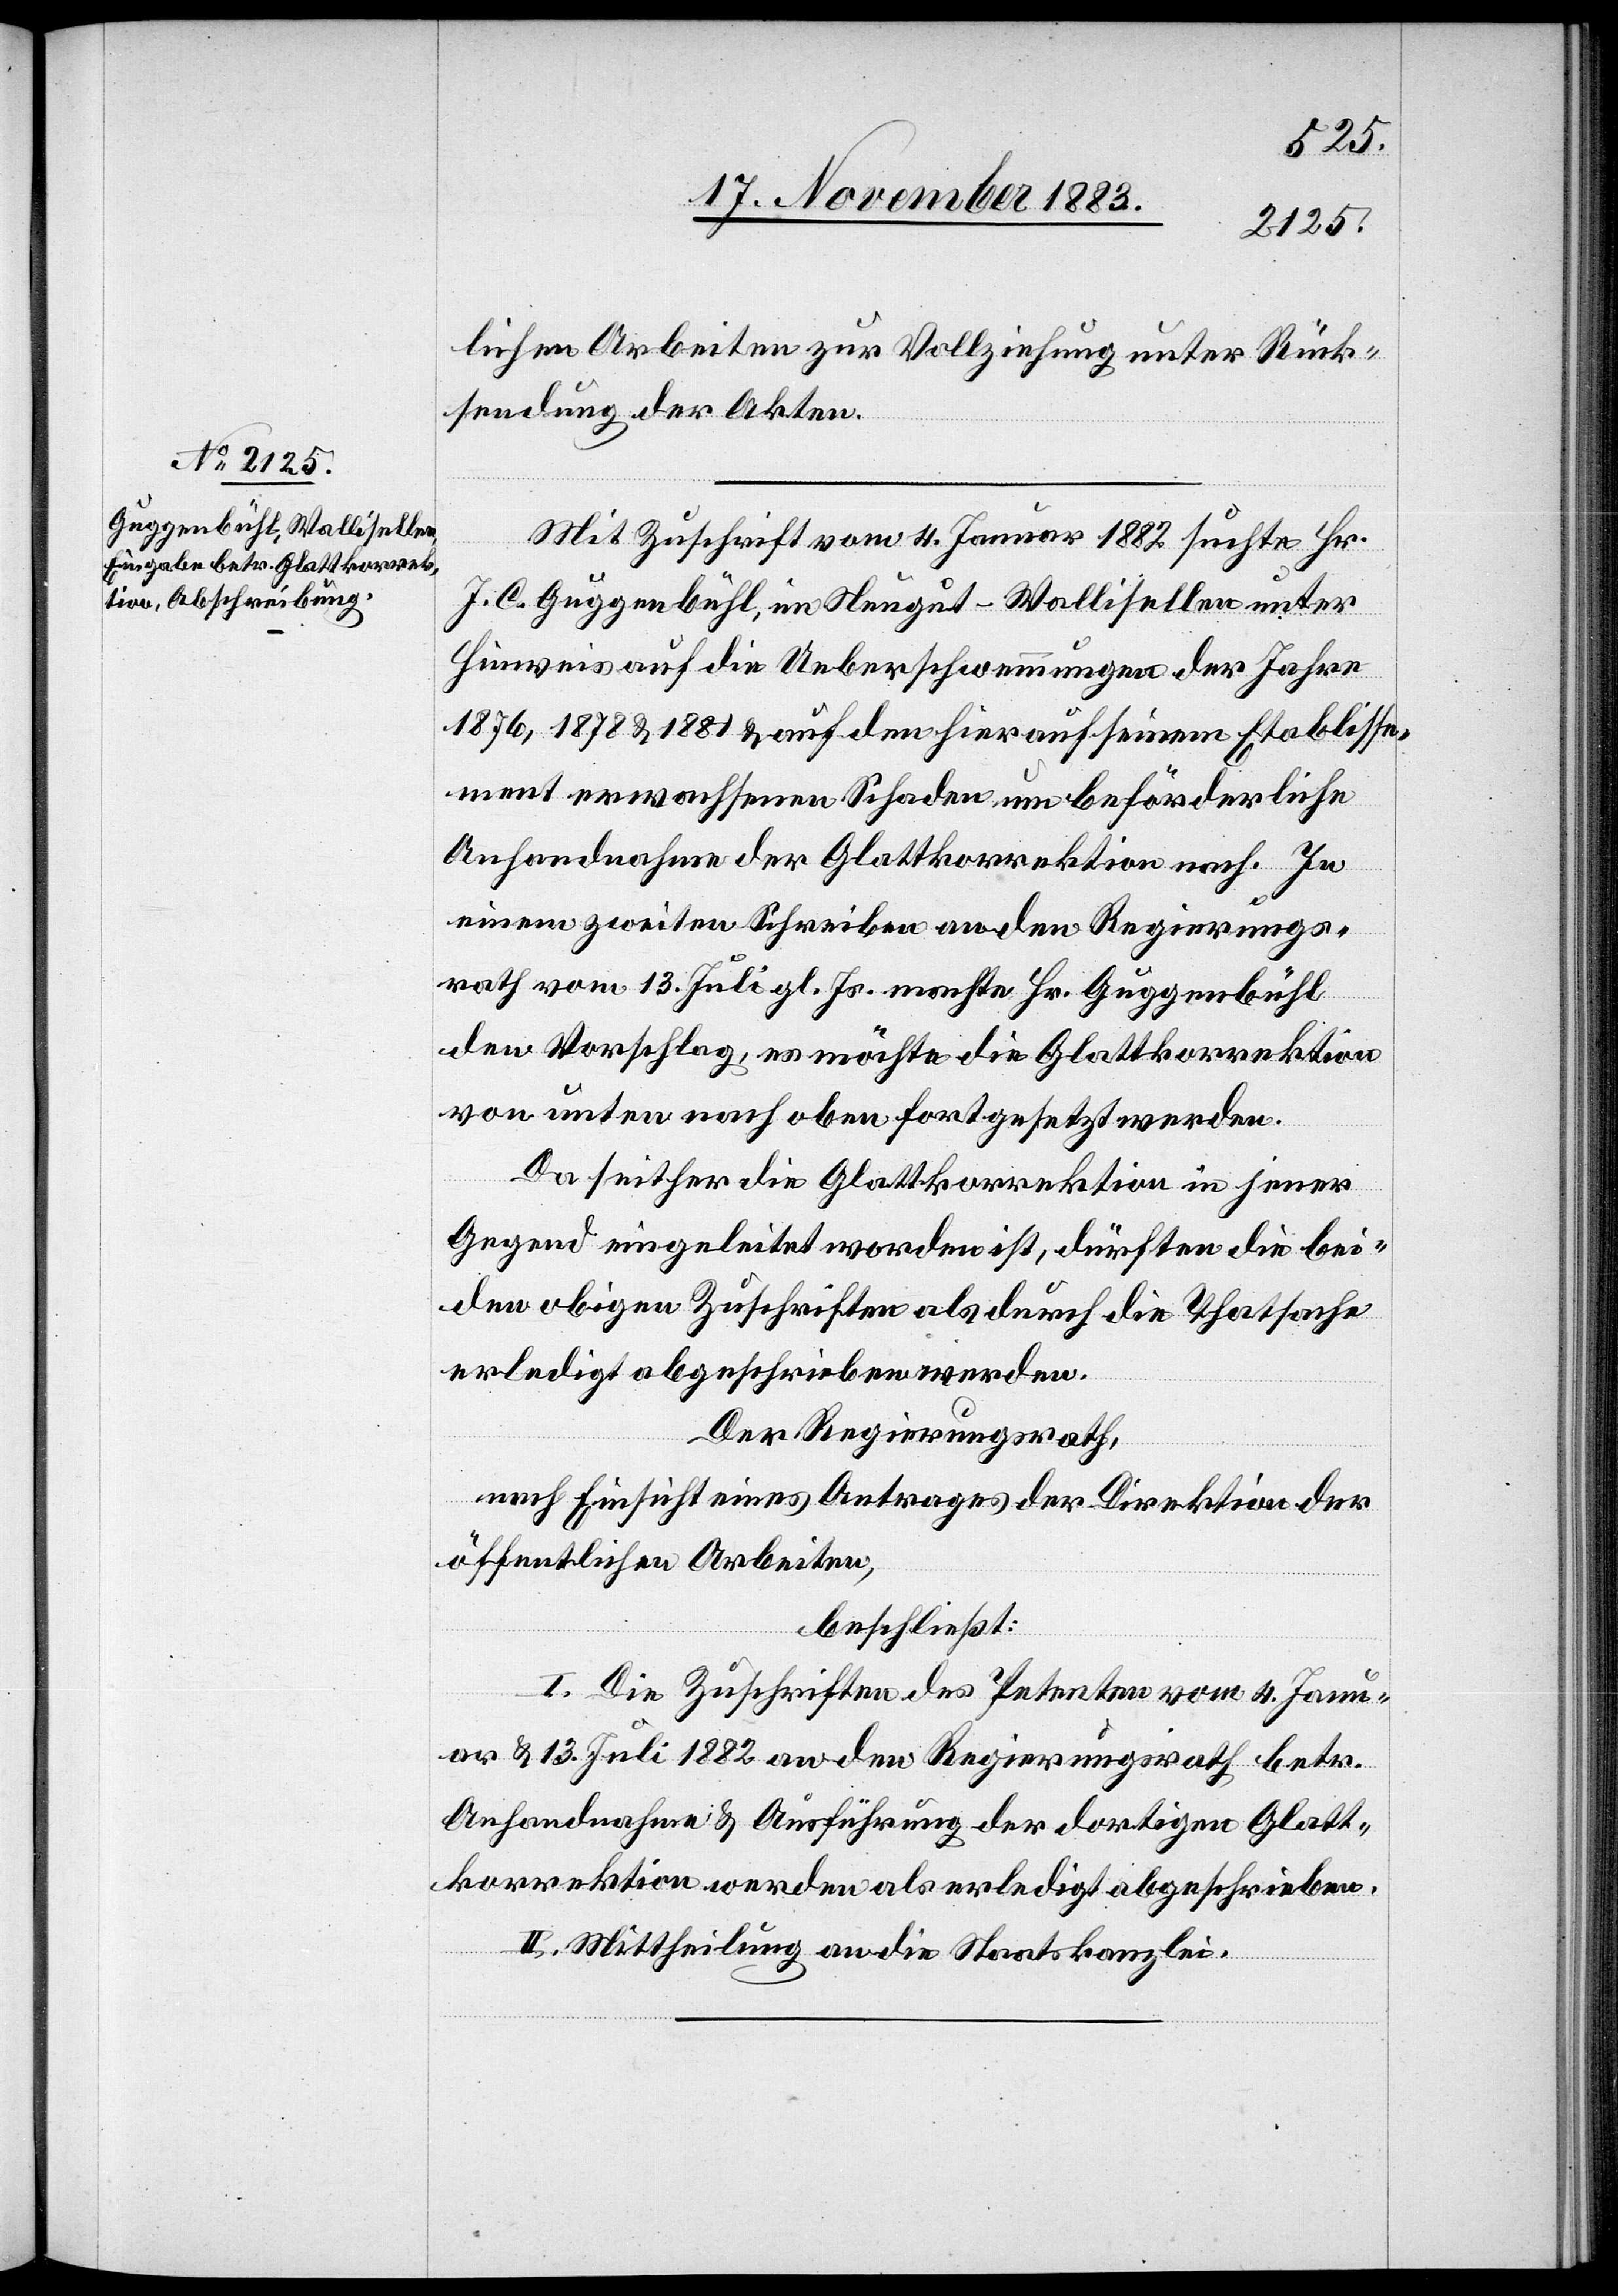
lichen Arbeiten zur Vollziehung unter Rück¬
sendung der Akten.
Mit Zuschrift vom 4. Januar 1882 suchte Hr.
J. C. Guggenbühl, im Neugut - Wallisellen unter
Hinweis auf die Ueberschwemmungen der Jahr
1876, 1878 & 1881 & auf den hierauf seinem Etablisse¬
mente erwachsenen Schaden um beförderliche
Anhandnahme der Glattkorrektion nach. In
einem zweiten Schreiben an den Regierungs¬
rath vom 13. Juli gl. Js. machte Hr. Guggenbühl
den Vorschlag, es möchte die Glattkorrektion
von unten nach oben fortgesetzt werden.
Da seither die Glattkorrektion in jener
Gegend eingeleitet worden ist, dürften die bei¬
den obigen Zuschriften als durch die Thatsache
erledigt abgeschrieben werden.
Der Regierungsrath,
nach Einsicht eines Antrages der Direktion der
öffentlichen Arbeiten,
beschließt:
I. Die Zuschriften des Petenten vom 4. Janu¬
ar & 13. Juli 1882 an den Regierungsrath betr.
Anhandnahme & Ausführung der dortigen Glatt¬
korrektion werden als erledigt abgeschrieben.
II. Mittheilung an die Staatskanzlei.